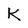
Character: K